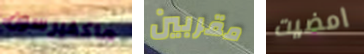
ماكفيرسون مقربين امضيت